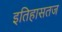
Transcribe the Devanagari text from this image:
इतिहासतज